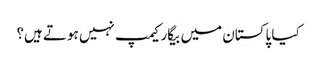
کیا پاکستان میں بیگار کیمپ نہیں ہوتے ہیں؟